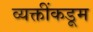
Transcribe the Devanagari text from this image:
व्यक्तींकडूम